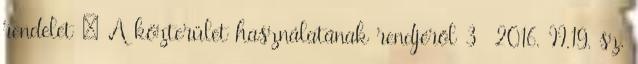
rendelet – A közterület használatának rendjéről 3 2016. II.19. sz.